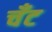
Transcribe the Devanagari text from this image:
चँट